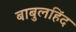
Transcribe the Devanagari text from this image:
बाबुलहिंद